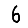
Digit: 6